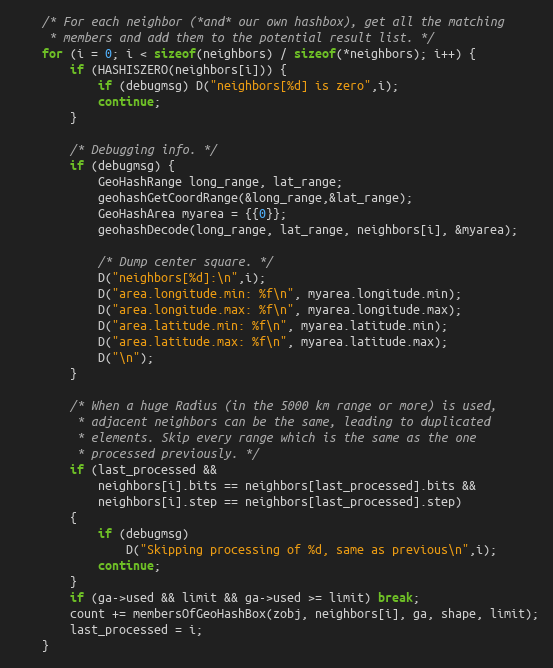
Language: C
    /* For each neighbor (*and* our own hashbox), get all the matching
     * members and add them to the potential result list. */
    for (i = 0; i < sizeof(neighbors) / sizeof(*neighbors); i++) {
        if (HASHISZERO(neighbors[i])) {
            if (debugmsg) D("neighbors[%d] is zero",i);
            continue;
        }

        /* Debugging info. */
        if (debugmsg) {
            GeoHashRange long_range, lat_range;
            geohashGetCoordRange(&long_range,&lat_range);
            GeoHashArea myarea = {{0}};
            geohashDecode(long_range, lat_range, neighbors[i], &myarea);

            /* Dump center square. */
            D("neighbors[%d]:\n",i);
            D("area.longitude.min: %f\n", myarea.longitude.min);
            D("area.longitude.max: %f\n", myarea.longitude.max);
            D("area.latitude.min: %f\n", myarea.latitude.min);
            D("area.latitude.max: %f\n", myarea.latitude.max);
            D("\n");
        }

        /* When a huge Radius (in the 5000 km range or more) is used,
         * adjacent neighbors can be the same, leading to duplicated
         * elements. Skip every range which is the same as the one
         * processed previously. */
        if (last_processed &&
            neighbors[i].bits == neighbors[last_processed].bits &&
            neighbors[i].step == neighbors[last_processed].step)
        {
            if (debugmsg)
                D("Skipping processing of %d, same as previous\n",i);
            continue;
        }
        if (ga->used && limit && ga->used >= limit) break;
        count += membersOfGeoHashBox(zobj, neighbors[i], ga, shape, limit);
        last_processed = i;
    }